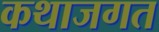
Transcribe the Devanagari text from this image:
कथाजगत